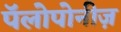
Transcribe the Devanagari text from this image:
पॅलोपोनीज़